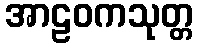
အာဠဝကသုတ္တ